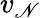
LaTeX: v_{\mathscr{N}}